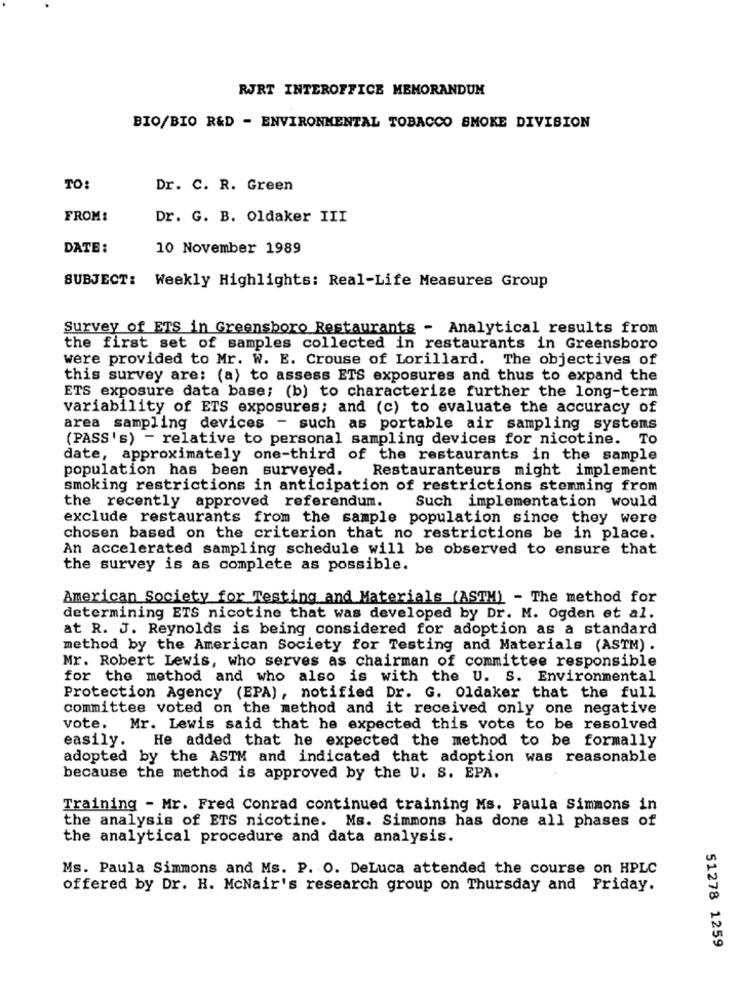
RJRT INTEROFFICE MEMORANDUM
BIO/BIO R&D - ENVIRONMENTAL TOBACCO SMOKE DIVISION
TO:
Dr. C. R. Green
FROM:
Dr. G. B. Oldaker III
DATE:
10 November 1989
SUBJECT: Weekly Highlights: Real-Life Measures Group
Survey of ETS in Greensboro Restaurants - Analytical results from
the first set of samples collected in restaurants in Greensboro
were provided to Mr. W. E. Crouse of Lorillard. The objectives of
this survey are: (a) to assess ETS exposures and thus to expand the
ETS exposure data base; (b) to characterize further the long-term
variability of ETS exposures; and (c) to evaluate the accuracy of
area sampling devices - such as portable air sampling systems
(PASS's) - relative to personal sampling devices for nicotine. To
date, approximately one-third of the restaurants in the sample
population has been surveyed. Restauranteurs might implement
smoking restrictions in anticipation of restrictions stemming from
the recently approved referendum.
Such implementation would
exclude restaurants from the sample population since they were
chosen based on the criterion that no restrictions be in place.
An accelerated sampling schedule will be observed to ensure that
the survey is as complete as possible.
American Society for Testing and Materials (ASTM) - The method for
determining ETS nicotine that was developed by Dr. M. Ogden et al.
at R. J. Reynolds is being considered for adoption as a standard
method by the American Society for Testing and Materials (ASTM) .
Mr. Robert Lewis, who serves as chairman of committee responsible
for the method and who also is with the U. S. Environmental
Protection Agency (EPA), notified Dr. G. Oldaker that the full
committee voted on the method and it received only one negative
vote. Mr. Lewis said that he expected this vots to be resolved
He added that he expected the method to be formally
easily.
adopted by the ASTM and indicated that adoption was reasonable
because the method is approved by the U. S. EPA.
Training - Mr. Fred Conrad continued training Ms. Paula Simmons in
the analysis of ETS nicotine. Ms. Simmons has done all phases of
the analytical procedure and data analysis.
Ms. Paula Simmons and Ms. P. O. DeLuca attended the course on HPLC
offered by Dr. H. McNair's research group on Thursday and Friday.
51278 1259